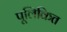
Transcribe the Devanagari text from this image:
पूलिकित